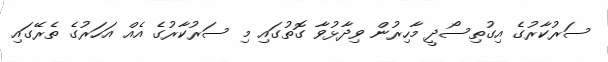
ސަރުކާރުގެ އިގުތިސޯދީ މާހިރުން ވިދާާޅުވާ ގޮތުގައި މި ސަރުކާރުގެ އެއް އަހަރުގެ ތެރޭގައި